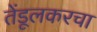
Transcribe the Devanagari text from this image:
तेंडूलकरचा